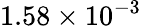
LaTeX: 1.58\times 10^{-3}